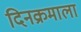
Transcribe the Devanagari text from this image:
दिनक्रमाला